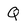
Character: Q